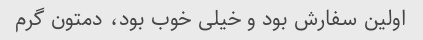
اولین سفارش بود و خیلی خوب بود، دمتون گرم